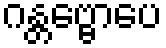
ဂန္တဗ္ဗောပေ